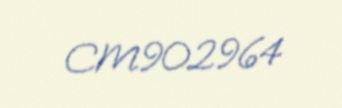
CM902964